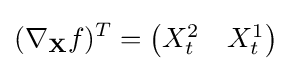
(\nabla _{\mathbf {X} }f)^{T}={\begin{pmatrix}X_{t}^{2}&X_{t}^{1}\end{pmatrix}}